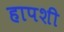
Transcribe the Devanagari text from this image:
हापशी